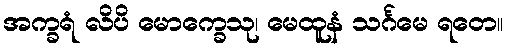
အက္ခရံ လိပိ မောက္ခေသု၊ မေထူနံ သင်္ဂမေ ရတေ။